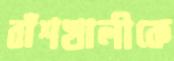
বাঁশখালীকে